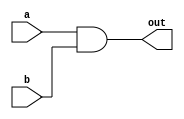
`timescale 1ns / 1ps
//////////////////////////////////////////////////////////////////////////////////
// Company: 
// Engineer: 
// 
// Design Name: 
// Module Name: and_str
// Project Name: 
// Target Devices: 
// Tool Versions: 
// Description: 
// 
// Dependencies: 
// 
// Revision:
// Revision 0.01 - File Created
// Additional Comments:
// 
//////////////////////////////////////////////////////////////////////////////////


module and_str(input a, input b, output out);

    and and_a(out, a, b);
    
endmodule